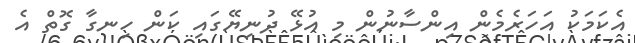
އެކަމަކު އަހަރެމެން އިންސާނުން މި އުޅޭ ދުނިޔޭގައި ކަން ހިނގާ ގޮތް އެ